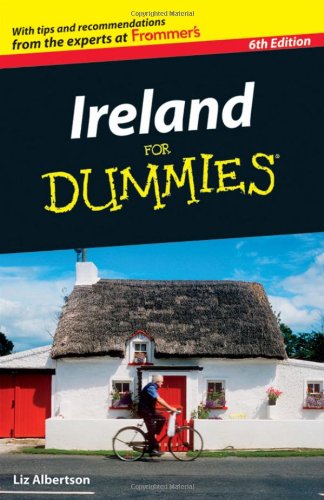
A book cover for Ireland For Dummies; Elizabeth Albertson; Travel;